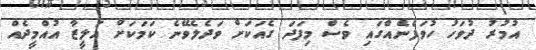
އުމުރު ދުވަހު ހުވަފެނެއްގައި ވެސް މިފަދަ ގެއަކަށް ވަދެލެވޭނެ ކަމަކަށް އަލީޒާ އުއްމީދެއް